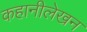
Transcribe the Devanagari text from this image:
कहानीलेखन